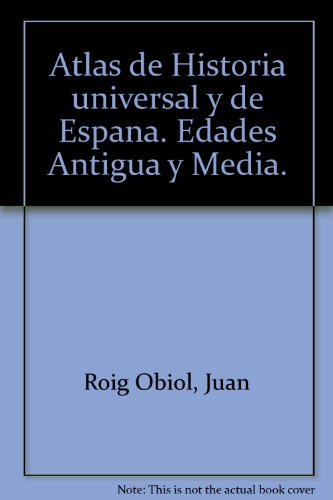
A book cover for Atlas de Historia universal y de Espana. Edades Antigua y Media.; Travel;